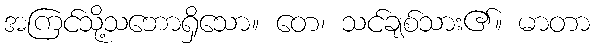
အကြင်သို့သဘောရှိသော။ တေ၊ သင်ချစ်သား၏။ မာတာ